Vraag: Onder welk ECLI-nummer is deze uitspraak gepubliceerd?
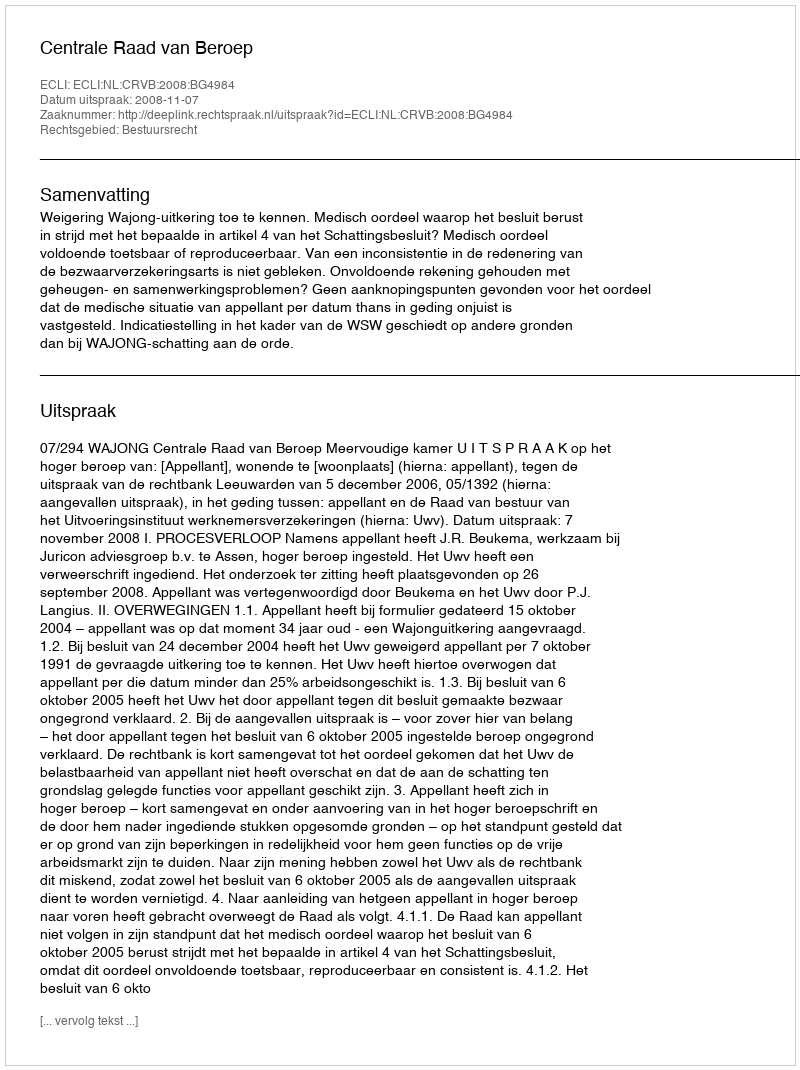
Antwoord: ECLI:NL:CRVB:2008:BG4984